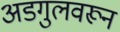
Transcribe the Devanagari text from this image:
अडगुलवरून